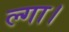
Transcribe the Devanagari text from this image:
ल्गा।